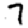
Digit: 7